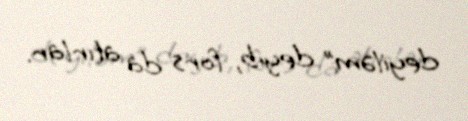
deyiləm” deyib, fors da atırlar.